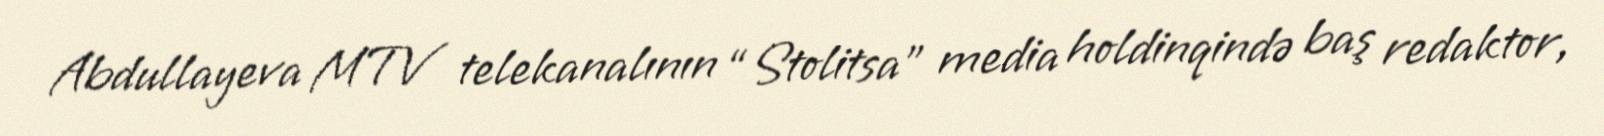
Abdullayeva MTV telekanalının “Stolitsa” media holdinqində baş redaktor,